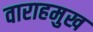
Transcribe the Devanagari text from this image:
वाराहमुख